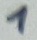
Text: 1